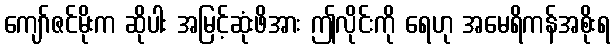
ကျော်ဇင်မိုးက ဆိုပါး အမြင့်ဆုံးဖိအား ဤလိုင်းကို ရေဟု အမေရိကန်အစိုးရ